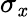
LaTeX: \sigma_{\mathit{x}}